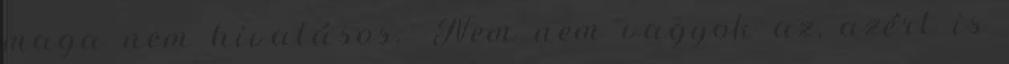
maga nem hivatásos. -Nem nem vagyok az, azért is